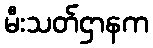
မီးသတ်ဌာနက